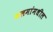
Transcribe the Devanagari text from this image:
कलमांमधील